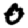
Digit: 0